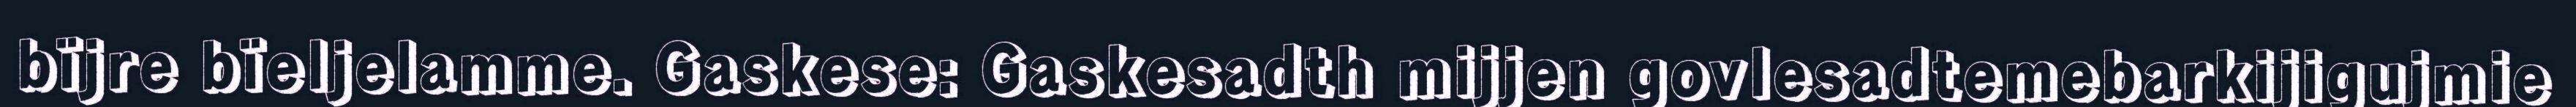
bïjre bïeljelamme. Gaskese: Gaskesadth mijjen govlesadtemebarkijigujmie